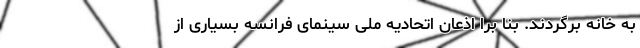
به خانه برگردند. بنا برا اذعان اتحادیه ملی سینمای فرانسه بسیاری از